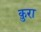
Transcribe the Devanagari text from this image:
क़ुरा